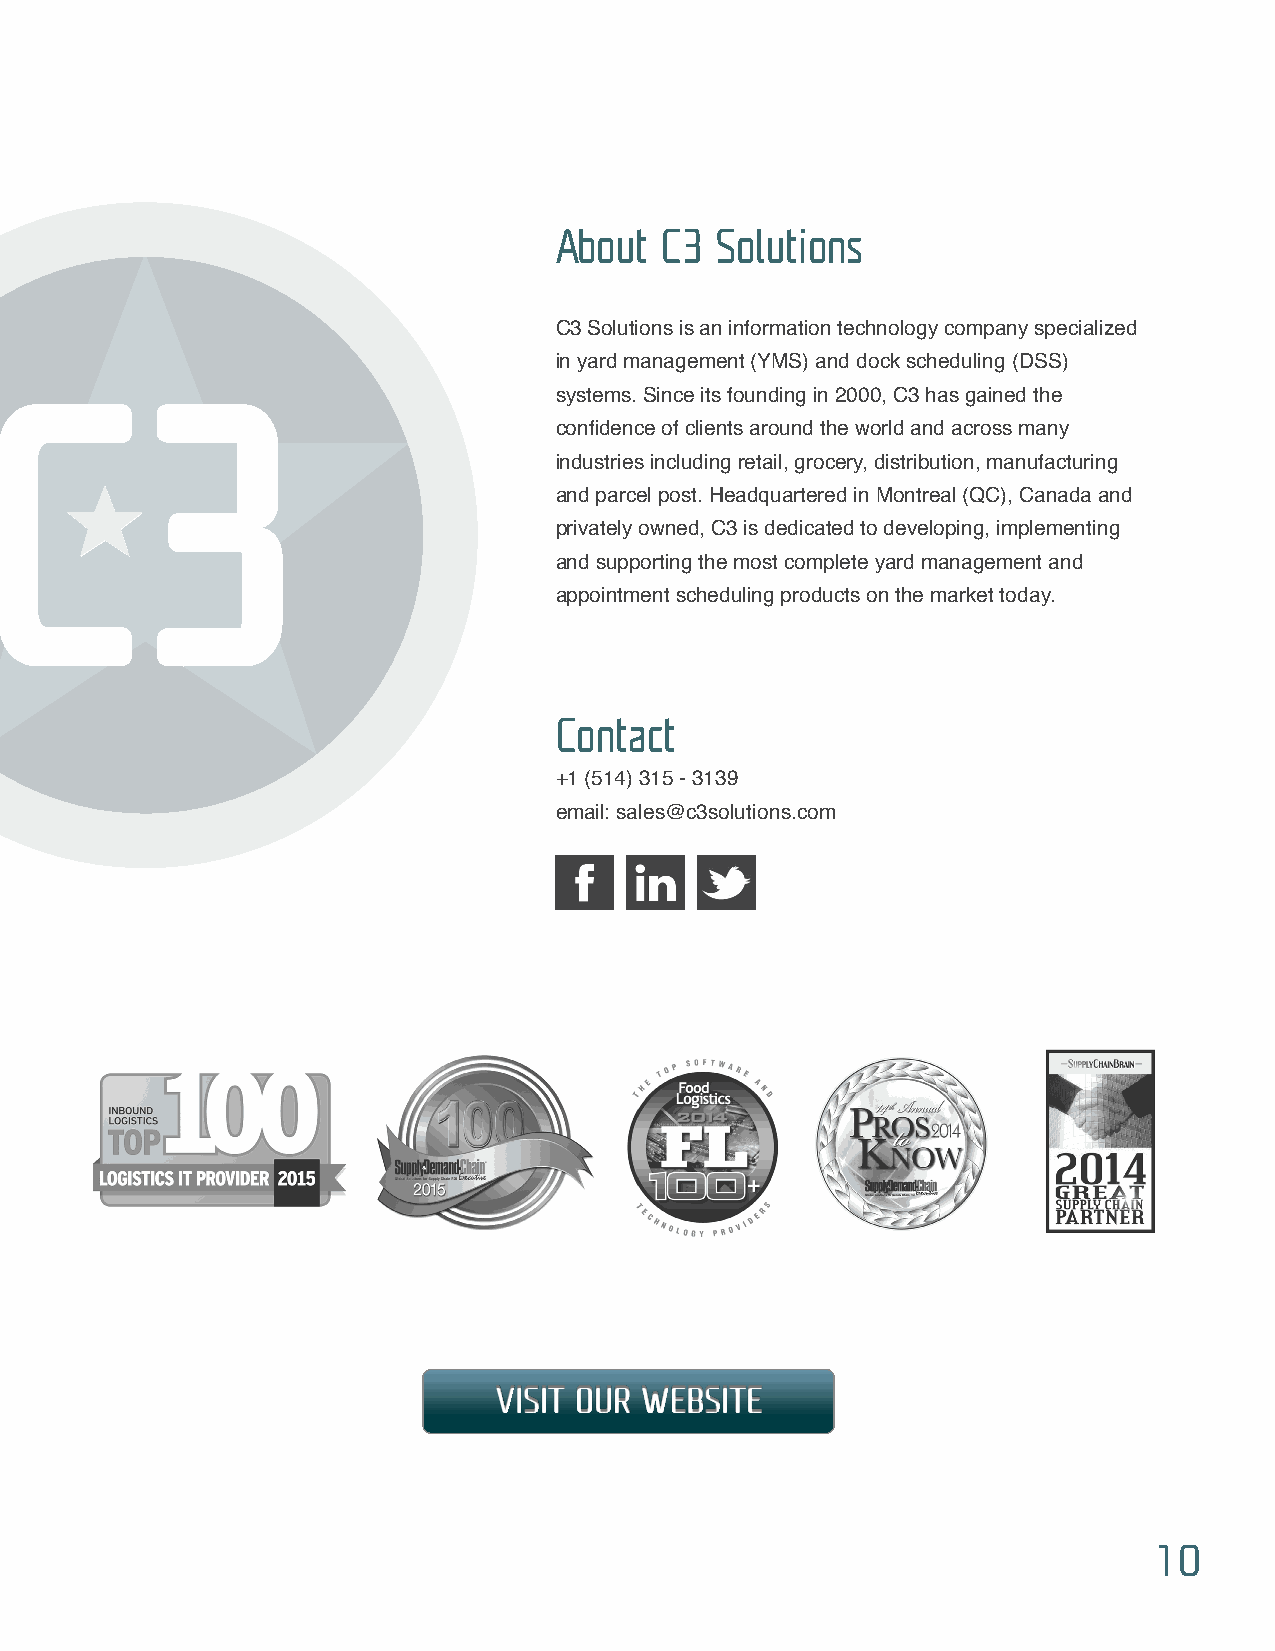
About  C3 Solutions
 C3 Solutions is an information technology company specialized
 in yard management (YMS) and dock scheduling (DSS)
 systems. Since its founding in 2000, C3 has gained the
 confidence of clients around the world and across many
 industries including retail, grocery, distribution, manufacturing
 and parcel post. Headquartered in Montreal (QC), Canada and
 privately owned, C3 is dedicated to developing, implementing
 and supporting the most complete yard management and
 appointment scheduling products on the market today.
 Contact
 +1 (514) 315 - 3139
 email: sales@c3solutions.com
 VISIT OUR WEBSITE
 10